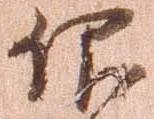
仰